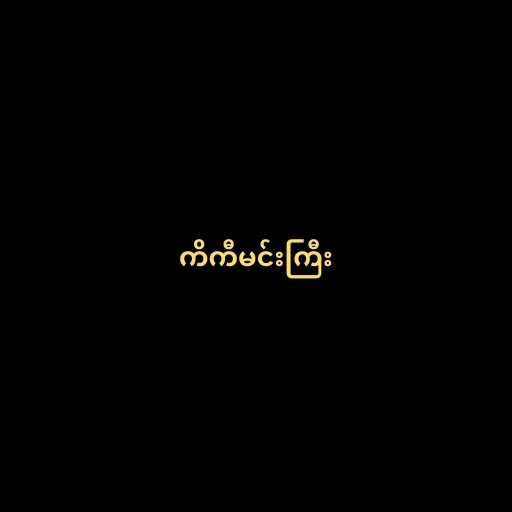
ကိကီမင်းကြီး